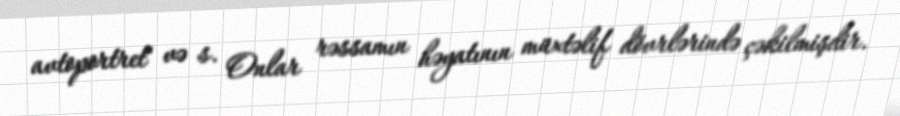
avtoportret" və s. Onlar rəssamın həyatının müxtəlif dövrlərində çəkilmişdir.